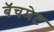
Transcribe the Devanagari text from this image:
बॅचमेट